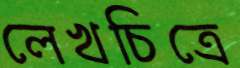
লেখচিত্রে